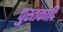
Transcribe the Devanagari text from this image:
पुस्तकादि